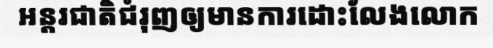
អន្តរជាតិជំរុញឲ្យមានការដោះលែងលោក